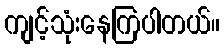
ကျင့်သုံးနေကြပါတယ်။